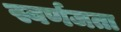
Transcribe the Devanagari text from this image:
स्वर्णजता